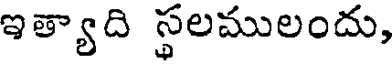
ఇత్యాది స్థలములందు,